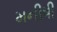
મનીષી